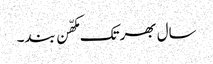
سال بھر تک مکھّن بند۔